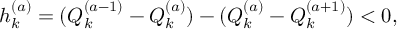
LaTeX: h _ { k } ^ { ( a ) } = ( Q _ { k } ^ { ( a - 1 ) } - Q _ { k } ^ { ( a ) } ) - ( Q _ { k } ^ { ( a ) } - Q _ { k } ^ { ( a + 1 ) } ) < 0 ,